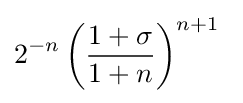
2^{-n}\left({\dfrac {1+\sigma }{1+n}}\right)^{n+1}\